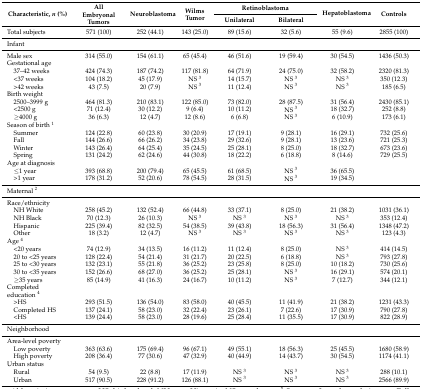
<table><thead><tr><td rowspan="2"><b>Characteristic, <i>n</i> (%)</b></td><td rowspan="2"><b>All Embryonal Tumors</b></td><td rowspan="2"><b>Neuroblastoma</b></td><td rowspan="2"><b>Wilms Tumor</b></td><td colspan="2"><b>Retinoblastoma</b></td><td rowspan="2"><b>Hepatoblastoma</b></td><td rowspan="2"><b>Controls</b></td></tr><tr><td><b>Unilateral</b></td><td><b>Bilateral</b></td></tr></thead><tbody><tr><td>Total subjects</td><td>571 (100)</td><td>252 (44.1)</td><td>143 (25.0)</td><td>89 (15.6)</td><td>32 (5.6)</td><td>55 (9.6)</td><td>2855 (100)</td></tr><tr><td>Infant</td><td></td><td></td><td></td><td></td><td></td><td></td><td></td></tr><tr><td>Male sex</td><td>314 (55.0)</td><td>154 (61.1)</td><td>65 (45.4)</td><td>46 (51.6)</td><td>19 (59.4)</td><td>30 (54.5)</td><td>1436 (50.3)</td></tr><tr><td>Gestational age</td><td></td><td></td><td></td><td></td><td></td><td></td><td></td></tr><tr><td> 37–42 weeks</td><td>424 (74.3)</td><td>187 (74.2)</td><td>117 (81.8)</td><td>64 (71.9)</td><td>24 (75.0)</td><td>32 (58.2)</td><td>2320 (81.3)</td></tr><tr><td> &lt;37 weeks</td><td>104 (18.2)</td><td>45 (17.9)</td><td>NS <sup>3</sup></td><td>14 (15.7)</td><td>NS <sup>3</sup></td><td>NS <sup>3</sup></td><td>350 (12.3)</td></tr><tr><td> &gt;42 weeks</td><td>43 (7.5)</td><td>20 (7.9)</td><td>NS <sup>3</sup></td><td>11 (12.4)</td><td>NS <sup>3</sup></td><td>NS <sup>3</sup></td><td>185 (6.5)</td></tr><tr><td>Birth weight</td><td></td><td></td><td></td><td></td><td></td><td></td><td></td></tr><tr><td> 2500–3999 g</td><td>464 (81.3)</td><td>210 (83.1)</td><td>122 (85.0)</td><td>73 (82.0)</td><td>28 (87.5)</td><td>31 (56.4)</td><td>2430 (85.1)</td></tr><tr><td> &lt;2500 g</td><td>71 (12.4)</td><td>30 (12.2)</td><td>9 (6.4)</td><td>10 (11.2)</td><td>NS <sup>3</sup></td><td>18 (32.7)</td><td>252 (8.8)</td></tr><tr><td> ≥4000 g</td><td>36 (6.3)</td><td>12 (4.7)</td><td>12 (8.6)</td><td>6 (6.8)</td><td>NS <sup>3</sup></td><td>6 (10.9)</td><td>173 (6.1)</td></tr><tr><td>Season of birth <sup>1</sup></td><td></td><td></td><td></td><td></td><td></td><td></td><td></td></tr><tr><td> Summer</td><td>124 (22.8)</td><td>60 (23.8)</td><td>30 (20.9)</td><td>17 (19.1)</td><td>9 (28.1)</td><td>16 (29.1)</td><td>732 (25.6)</td></tr><tr><td> Fall</td><td>144 (26.6)</td><td>66 (26.2)</td><td>34 (23.8)</td><td>29 (32.6)</td><td>9 (28.1)</td><td>13 (23.6)</td><td>721 (25.3)</td></tr><tr><td> Winter</td><td>143 (26.4)</td><td>64 (25.4)</td><td>35 (24.5)</td><td>25 (28.1)</td><td>8 (25.0)</td><td>18 (32.7)</td><td>673 (23.6)</td></tr><tr><td> Spring</td><td>131 (24.2)</td><td>62 (24.6)</td><td>44 (30.8)</td><td>18 (22.2)</td><td>6 (18.8)</td><td>8 (14.6)</td><td>729 (25.5)</td></tr><tr><td>Age at diagnosis</td><td></td><td></td><td></td><td></td><td></td><td></td><td></td></tr><tr><td> ≤1 year</td><td>393 (68.8)</td><td>200 (79.4)</td><td>65 (45.5)</td><td>61 (68.5)</td><td>NS <sup>3</sup></td><td>36 (65.5)</td><td></td></tr><tr><td> &gt;1 year</td><td>178 (31.2)</td><td>52 (20.6)</td><td>78 (54.5)</td><td>28 (31.5)</td><td>NS <sup>3</sup></td><td>19 (34.5)</td><td></td></tr><tr><td>Maternal <sup>2</sup></td><td></td><td></td><td></td><td></td><td></td><td></td><td></td></tr><tr><td>Race/ethnicity</td><td></td><td></td><td></td><td></td><td></td><td></td><td></td></tr><tr><td> NH White</td><td>258 (45.2)</td><td>132 (52.4)</td><td>66 (44.8)</td><td>33 (37.1)</td><td>8 (25.0)</td><td>21 (38.2)</td><td>1031 (36.1)</td></tr><tr><td> NH Black</td><td>70 (12.3)</td><td>26 (10.3)</td><td>NS <sup>3</sup></td><td>NS <sup>3</sup></td><td>NS <sup>3</sup></td><td>NS <sup>3</sup></td><td>353 (12.4)</td></tr><tr><td> Hispanic</td><td>225 (39.4)</td><td>82 (32.5)</td><td>54 (38.5)</td><td>39 (43.8)</td><td>18 (56.3)</td><td>31 (56.4)</td><td>1348 (47.2)</td></tr><tr><td> Other</td><td>18 (3.2)</td><td>12 (4.7)</td><td>NS <sup>3</sup></td><td>NS <sup>3</sup></td><td>NS <sup>3</sup></td><td>NS <sup>3</sup></td><td>123 (4.3)</td></tr><tr><td>Age <sup>4</sup></td><td></td><td></td><td></td><td></td><td></td><td></td><td></td></tr><tr><td> &lt;20 years</td><td>74 (12.9)</td><td>34 (13.5)</td><td>16 (11.2)</td><td>11 (12.4)</td><td>8 (25.0)</td><td>NS <sup>3</sup></td><td>414 (14.5)</td></tr><tr><td> 20 to &lt;25 years</td><td>128 (22.4)</td><td>54 (21.4)</td><td>31 (21.7)</td><td>20 (22.5)</td><td>6 (18.8)</td><td>NS <sup>3</sup></td><td>793 (27.8)</td></tr><tr><td> 25 to &lt;30 years</td><td>132 (23.1)</td><td>55 (21.8)</td><td>36 (25.2)</td><td>23 (25.8)</td><td>8 (25.0)</td><td>10 (18.2)</td><td>730 (25.6)</td></tr><tr><td> 30 to &lt;35 years</td><td>152 (26.6)</td><td>68 (27.0)</td><td>36 (25.2)</td><td>25 (28.1)</td><td>NS <sup>3</sup></td><td>16 (29.1)</td><td>574 (20.1)</td></tr><tr><td> ≥35 years</td><td>85 (14.9)</td><td>41 (16.3)</td><td>24 (16.7)</td><td>10 (11.2)</td><td>NS <sup>3</sup></td><td>7 (12.7)</td><td>344 (12.1)</td></tr><tr><td>Completed education <sup>4</sup></td><td></td><td></td><td></td><td></td><td></td><td></td><td></td></tr><tr><td> &gt;HS</td><td>293 (51.5)</td><td>136 (54.0)</td><td>83 (58.0)</td><td>40 (45.5)</td><td>11 (41.9)</td><td>21 (38.2)</td><td>1231 (43.3)</td></tr><tr><td> Completed HS</td><td>137 (24.1)</td><td>58 (23.0)</td><td>32 (22.4)</td><td>23 (26.1)</td><td>7 (22.6)</td><td>17 (30.9)</td><td>790 (27.8)</td></tr><tr><td> &lt;HS</td><td>139 (24.4)</td><td>58 (23.0)</td><td>28 (19.6)</td><td>25 (28.4)</td><td>11 (35.5)</td><td>17 (30.9)</td><td>822 (28.9)</td></tr><tr><td>Neighborhood</td><td></td><td></td><td></td><td></td><td></td><td></td><td></td></tr><tr><td>Area-level poverty</td><td></td><td></td><td></td><td></td><td></td><td></td><td></td></tr><tr><td> Low poverty</td><td>363 (63.6)</td><td>175 (69.4)</td><td>96 (67.1)</td><td>49 (55.1)</td><td>18 (56.3)</td><td>25 (45.5)</td><td>1680 (58.9)</td></tr><tr><td> High poverty</td><td>208 (36.4)</td><td>77 (30.6)</td><td>47 (32.9)</td><td>40 (44.9)</td><td>14 (43.7)</td><td>30 (54.5)</td><td>1174 (41.1)</td></tr><tr><td>Urban status</td><td></td><td></td><td></td><td></td><td></td><td></td><td></td></tr><tr><td> Rural</td><td>54 (9.5)</td><td>22 (8.8)</td><td>17 (11.9)</td><td>NS <sup>3</sup></td><td>NS <sup>3</sup></td><td>NS <sup>3</sup></td><td>288 (10.1)</td></tr><tr><td> Urban</td><td>517 (90.5)</td><td>228 (91.2)</td><td>126 (88.1)</td><td>NS <sup>3</sup></td><td>NS <sup>3</sup></td><td>NS <sup>3</sup></td><td>2566 (89.9)</td></tr></tbody></table>